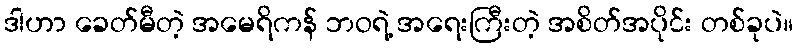
ဒါဟာ ခေတ်မီတဲ့ အမေရိကန် ဘဝရဲ့ အရေးကြီးတဲ့ အစိတ်အပိုင်း တစ်ခုပဲ။